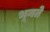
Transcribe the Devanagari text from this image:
भूनते